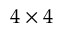
4 \times 4